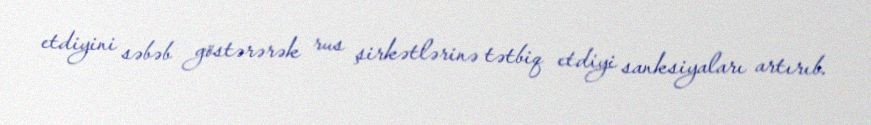
etdiyini səbəb göstərərək rus şirkətlərinə tətbiq etdiyi sanksiyaları artırıb.